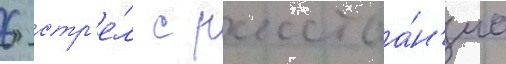
6 стр'е́л с расстоа́н'иа